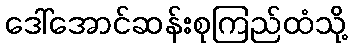
ဒေါ်အောင်ဆန်းစုကြည်ထံသို့